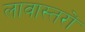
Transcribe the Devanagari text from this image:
लावास्तरों